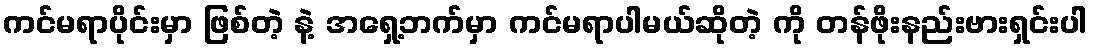
ကင်မရာပိုင်းမှာ ဖြစ်တဲ့ နဲ့ အရှေ့ဘက်မှာ ကင်မရာပါမယ်ဆိုတဲ့ ကို တန်ဖိုးနည်းဗားရှင်းပါ